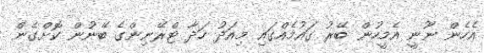
އެހެން ނޫނީ އެމީހުން ބޭރު ގައުމެއްގައި މިއަދު ހަދާ ޓްރޭނިންގެ ބޭނުން ކޮށްގެން